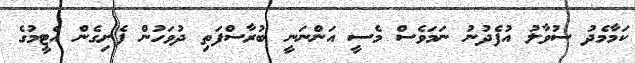
ކަމާމެދު ސުވާލު އުފެދުނު ނަމަވެސް މެސީ އަންނަނީ ބުރާސްފަތި ދުވަހުން ފެށިގެން އެޓީމުގެ